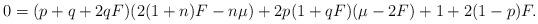
LaTeX: \begin{align*}0&=(p+q+2qF)(2(1+n)F-n\mu)+2p(1+qF)(\mu-2F)+1+2(1-p)F.\end{align*}